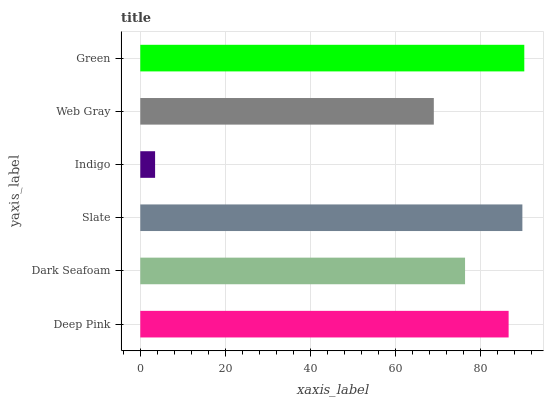
| yaxis_label | bars |
 | --- | --- |
 | Deep Pink | 86.6 |
 | Dark Seafoam | 76.4 |
 | Slate | 89.8 |
 | Indigo | 3.48 |
 | Web Gray | 69 |
 | Green | 90.3 |